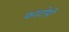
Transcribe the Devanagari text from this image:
फरटोपी